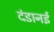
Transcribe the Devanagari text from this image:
दंडानई